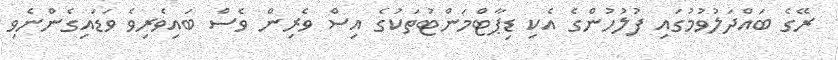
ރޭގެ ބައްދަލުވުމުގައި ފުލުހުންގެ އެކި ޑިޕާޓްމަންޓުތަކުގެ އިސް ވެރިން ވެސް ބައިވެރިވެ ވަޑައިގެންނެވި